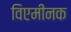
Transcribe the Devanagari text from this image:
विएमीनक